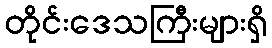
တိုင်းဒေသကြီးများရှိ